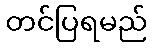
တင်ပြရမည်